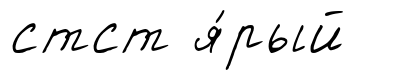
стст я́рый